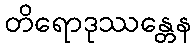
တိရောဒုဿန္တေန